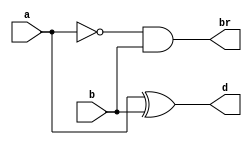
`timescale 1ns / 1ps
//////////////////////////////////////////////////////////////////////////////////
// Company: 
// 
// Design Name: Half Subtractor Dataflow
// Module Name: Half_Subtractor_Dataflow
// Project Name: 
// Target Devices: 
// Tool Versions: Vivado 2021.2
// Description: 
// 
// Dependencies: 
// 
// Revision:
// Revision 0.01 - File Created
// Additional Comments:
// 
//////////////////////////////////////////////////////////////////////////////////


module Half_Subtractor_Dataflow(
    br, 
    d,
    a, 
    b
    );
    
    output br;
    output d;
    input a;
    input b;
    
    assign d = a ^ b;
    assign br = ~a & b;
endmodule